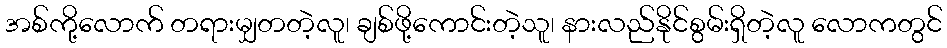
အစ်ကို့လောက် တရားမျှတတဲ့လူ၊ ချစ်ဖို့ကောင်းတဲ့သူ၊ နားလည်နိုင်စွမ်းရှိတဲ့လူ လောကတွင်